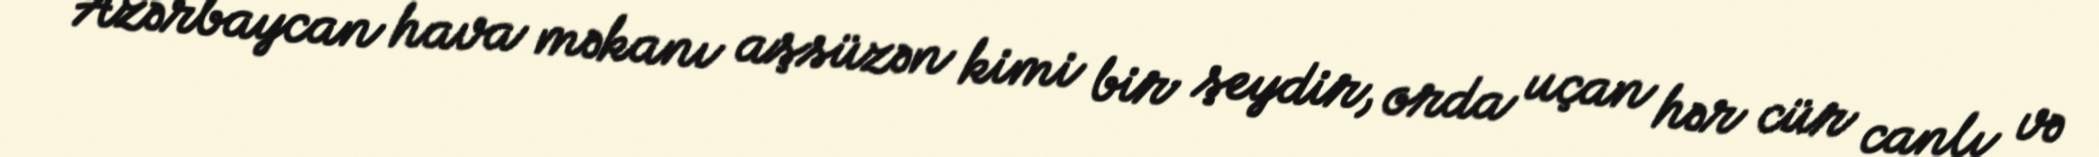
Azərbaycan hava məkanı aşsüzən kimi bir şeydir, orda uçan hər cür canlı və